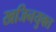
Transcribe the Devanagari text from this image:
खजिनयुक्त